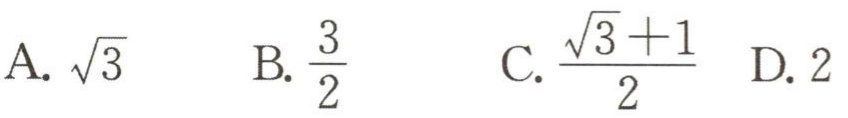
A. $\sqrt{3}$  B. $\frac{3}{2}$  C. $\frac{\sqrt{3}+1}{2}$  D. $2$